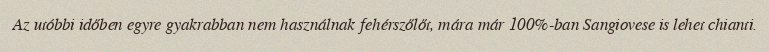
Az utóbbi időben egyre gyakrabban nem használnak fehérszőlőt, mára már 100%-ban Sangiovese is lehet chianti.